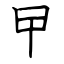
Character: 曱